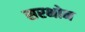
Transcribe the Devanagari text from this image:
सरभोन